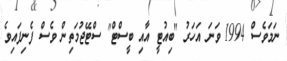
ނަމަވެސް 1994 ވަނަ އަހަރު "ބިއުޓީ އާއި ބީސްޓް" ސްޓޭޖުމަތިން ވެސް ފެނިފައިވެ